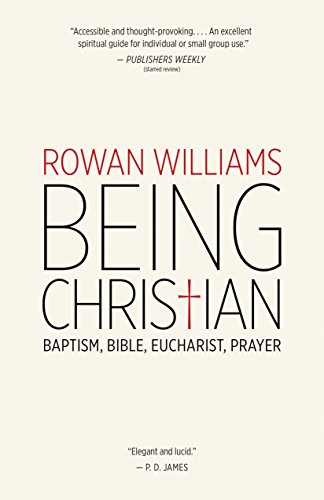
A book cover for Being Christian: Baptism, Bible, Eucharist, Prayer; Rowan Williams; Christian Books & Bibles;